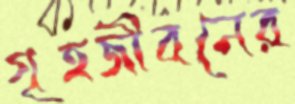
গৃহজীবনের